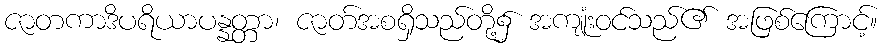
ဇာတကာဒိပရိယာပန္နတ္တာ၊ ဇာတ်အစရှိသည်တို့၌ အကျုံးဝင်သည်၏ အဖြစ်ကြောင့်။